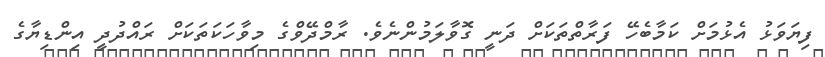
ފިޔަވަޅު އެޅުމަށް ކަމާބެހޭ ފަރާތްތަކަށް ދަނީ ގޮވާލަމުންނެވެ. ރާމްދޭވްގެ މިވާހަކަތަކަށް ރައްދުދީ އިންޑިޔާގެ